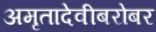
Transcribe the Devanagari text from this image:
अमृतादेवीबरोबर